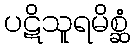
ပဋိသူရမိစ္ဆံ